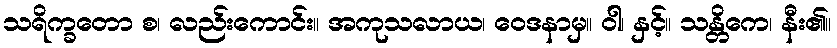
သရိက္ခတော စ၊ လည်းကောင်း။ အကုသလာယ၊ ဝေဒနာမှ။ ဝါ၊ နှင့်။ သန္တိကေ၊ နီး၏။